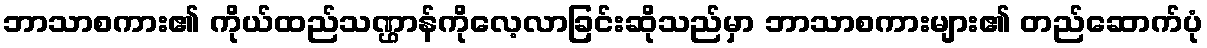
ဘာသာစကား၏ ကိုယ်ထည်သဏ္ဌာန်ကိုလေ့လာခြင်းဆိုသည်မှာ ဘာသာစကားများ၏ တည်ဆောက်ပုံ